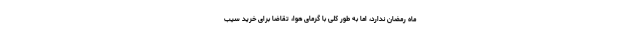
ماه رمضان ندارد، اما به طور کلی با گرمای هوا، تقاضا برای خرید سیب